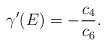
LaTeX: \begin{align*}\gamma'(E)=-\dfrac{c_{4}}{c_{6}}.\end{align*}